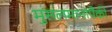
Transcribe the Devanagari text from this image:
मुसलमानांपैकी